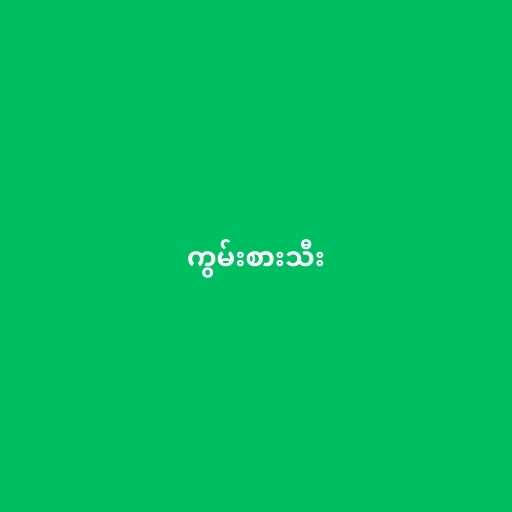
ကွမ်းစားသီး